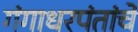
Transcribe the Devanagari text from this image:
गंगाधरपंतांचे